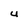
Character: U